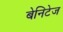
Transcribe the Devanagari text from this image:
बेनिटेज